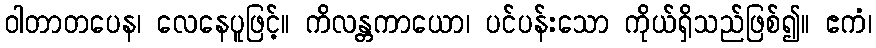
ဝါတာတပေန၊ လေနေပူဖြင့်။ ကိလန္တကာယော၊ ပင်ပန်းသော ကိုယ်ရှိသည်ဖြစ်၍။ ဧကံ၊